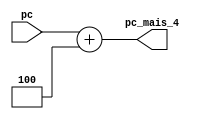
module pc_mais_4
(pc,pc_mais_4);
input [31:0] pc;
output wire [31:0] pc_mais_4;

assign pc_mais_4 = pc + 32'd4;

endmodule